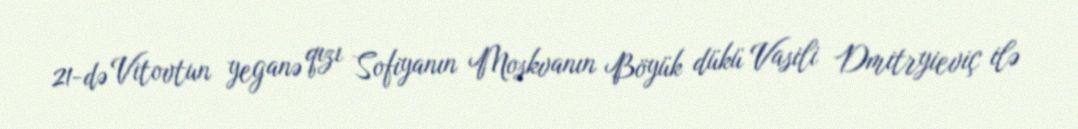
21-də Vitovtun yeganə qızı Sofiyanın Moskvanın Böyük dükü Vasili Dmitryieviç ilə